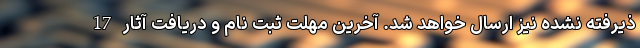
ذیرفته نشده نیز ارسال خواهد شد. آخرین مهلت ثبت نام و دریافت آثار 17